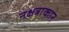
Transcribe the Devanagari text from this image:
नक्षत्राकार